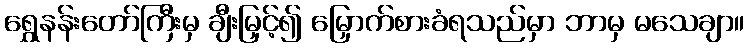
ရွှေနန်းတော်ကြီးမှ ချီးမြှင့်၍ မြှောက်စားခံရသည်မှာ ဘာမှ မသေချာ။